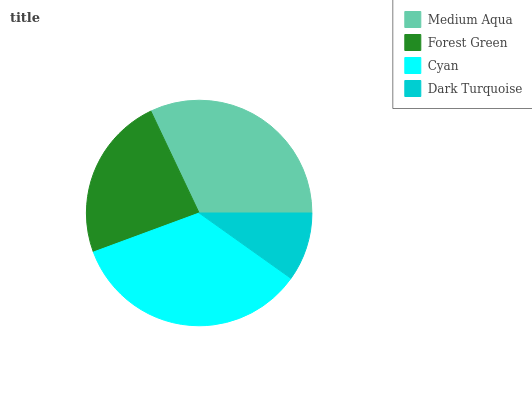
| Medium Aqua | Forest Green | Cyan | Dark Turquoise |
 | --- | --- | --- | --- |
 | 32% | 23.6% | 34.6% | 9.86% |